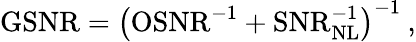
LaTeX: \mathrm{GSNR}=\left(\mathrm{OSNR}^{-1}+\mathrm{SNR}_{\mathrm{NL}}^{-1}\right)^{-1}\: ,